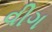
વીગ